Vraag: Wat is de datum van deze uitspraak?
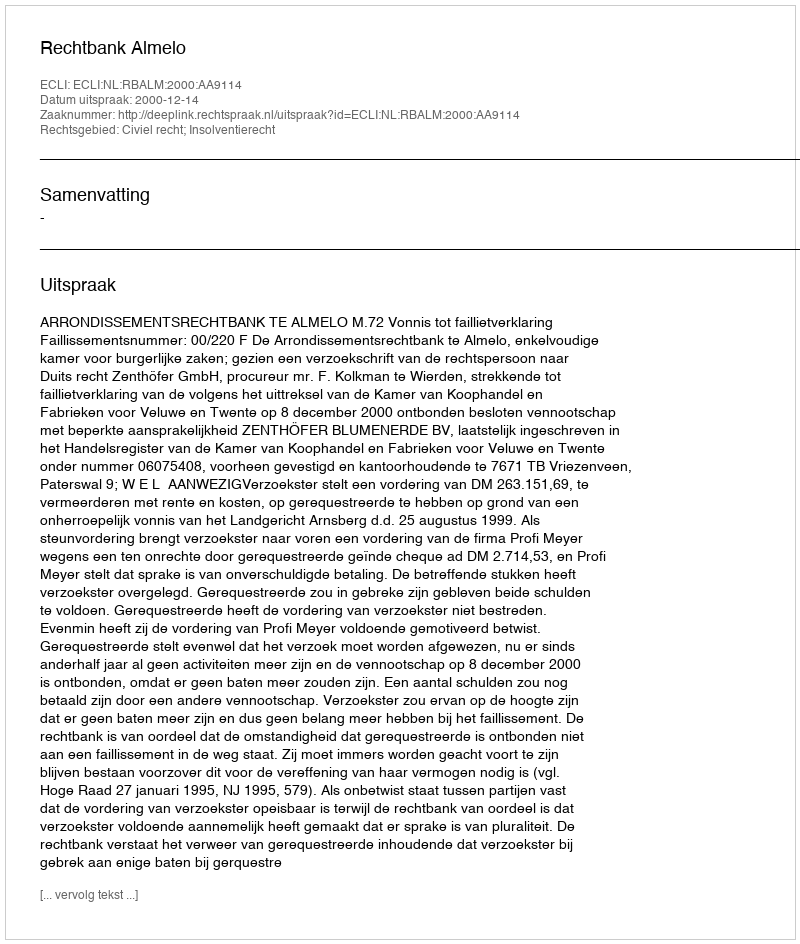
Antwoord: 2000-12-14